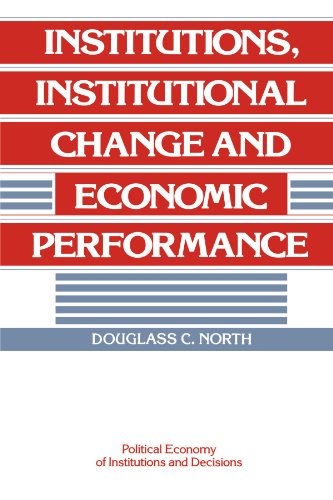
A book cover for Institutions, Institutional Change and Economic Performance (Political Economy of Institutions and Decisions); Douglass C. North; Business & Money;